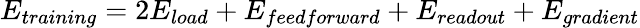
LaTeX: E_{training}=2E_{load}+E_{feedforward}+E_{readout}+E_{gradient}